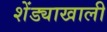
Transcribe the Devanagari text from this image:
शेंड्याखाली